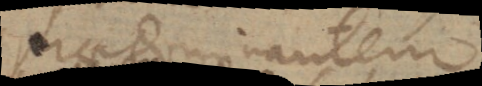
praedominantem